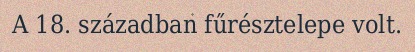
A 18. században fűrésztelepe volt.